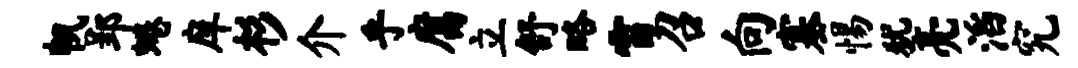
帆郢蜷庠杉介乎腐立舒略雷召向塞惕犹亮滔究